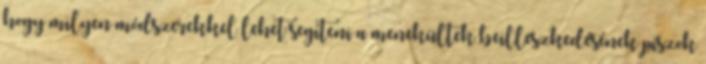
hogy milyen módszerekkel lehet segíteni a menekültek beilleszkedésének piszok